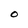
Character: O